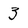
Character: 3